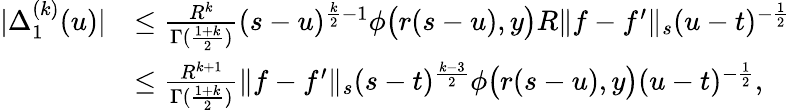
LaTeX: \begin{array}{rl}{|\Delta_{1}^{(k)}(u)|}&{\le\frac{R^{k}}{\Gamma(\frac{1+k}{2})}(s-u)^{\frac{k}{2}-1}\phi\big(r(s-u),y\big)R\| f-f^{\prime}\| _{s}(u-t)^{-\frac{1}{2}}}\\ &{\le\frac{R^{k+1}}{\Gamma(\frac{1+k}{2})}\| f-f^{\prime}\| _{s}(s-t)^{\frac{k-3}{2}}\phi\big(r(s-u),y\big)(u-t)^{-\frac{1}{2}},}\end{array}